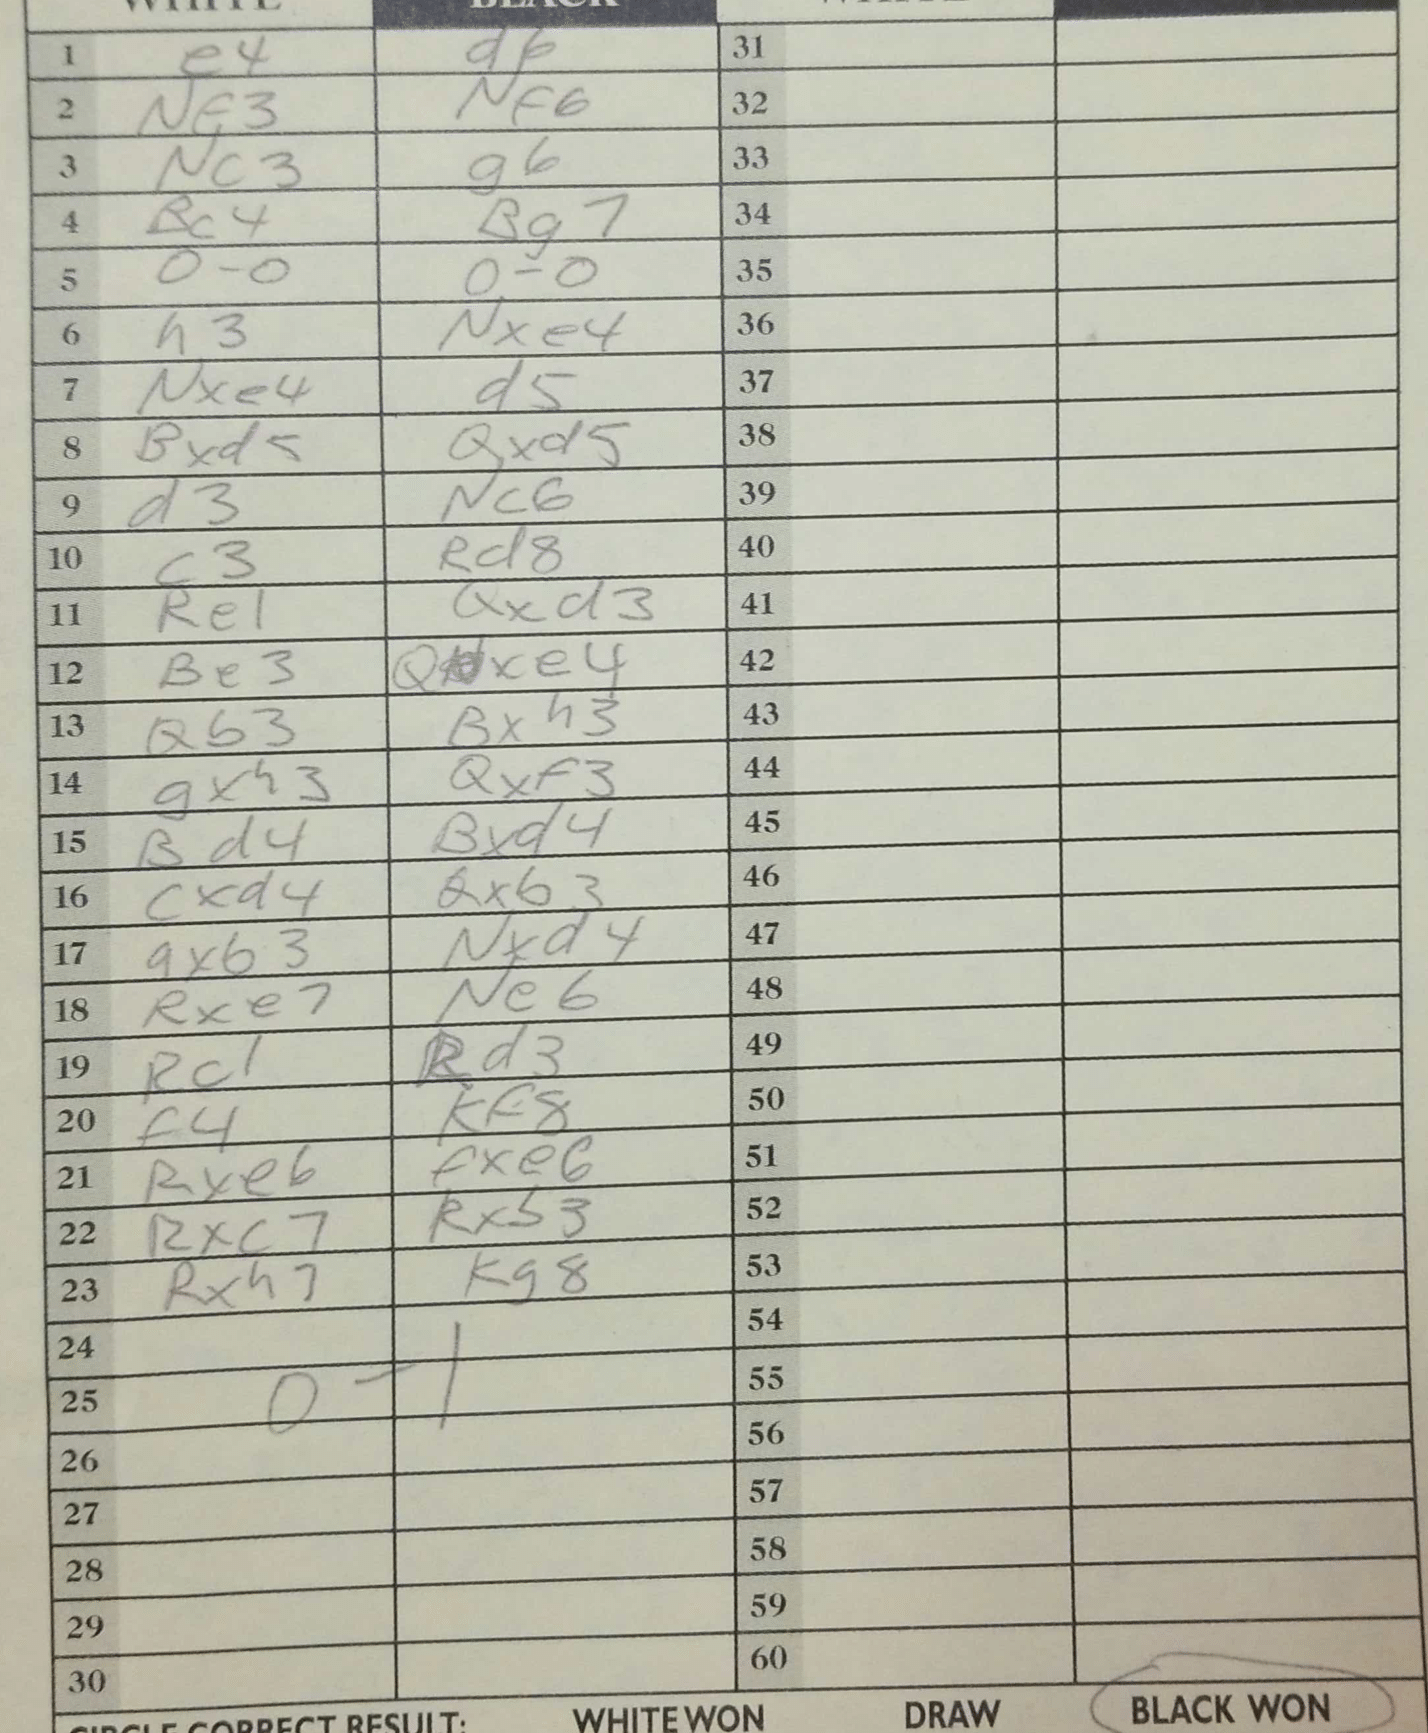
Moves: e4 d6 Nf3 Nf6 Nc3 g6 Bc4 Bg7 O-O O-O h3 Nxe4 Nxe4 d5 Bxd5 Qxd5 d3 Nc6 c3 Rd8 Re1 Qxd3 Be3 Qxe4 Qb3 Bxh3 gxh3 Qxf3 Bd4 Bxd4 cxd4 Qxb3 axb3 Nxd4 Rxe7 Ne6 Rc1 Rd3 f4 Kf8 Rxe6 fxe6 Rxc7 Rxb3 Rxh7 Kg8